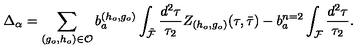
\Delta _ { \alpha } = \sum _ { ( g _ { o } , h _ { o } ) \in { \cal O } } b _ { a } ^ { ( h _ { o } , g _ { o } ) } \int _ { \tilde { \cal F } } \frac { d ^ { 2 } \tau } { \tau _ { 2 } } Z _ { ( h _ { o } , g _ { o } ) } ( \tau , { \bar { \tau } } ) - b _ { a } ^ { n = 2 } \int _ { \cal F } \frac { d ^ { 2 } \tau } { \tau _ { 2 } } .